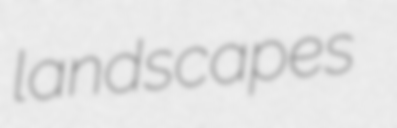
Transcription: landscapes